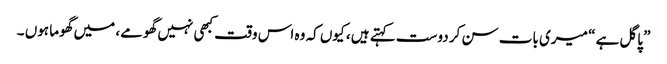
” پاگل ہے “ میری بات سن کر دوست کہتے ہیں ، کیوں کہ وہ اس وقت کبھی نہیں گھومے، میں گھوما ہوں ۔